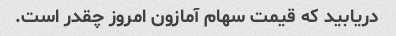
دریابید که قیمت سهام آمازون امروز چقدر است.